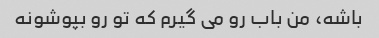
باشه، من باب رو می گیرم که تو رو بپوشونه